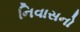
નિવાસનો